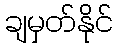
ချမှတ်နိုင်